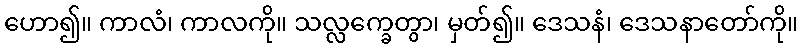
ဟော၍။ ကာလံ၊ ကာလကို။ သလ္လက္ခေတွာ၊ မှတ်၍။ ဒေသနံ၊ ဒေသနာတော်ကို။